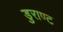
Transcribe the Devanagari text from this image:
डुराण्ट